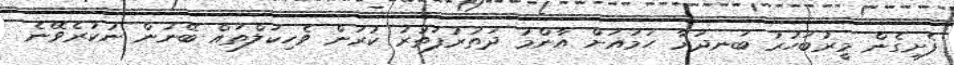
ފެށިގެން މީރުބަހުރު ބަނދަރާ ހަމައަށް އާންމު ދަތުރުފަތުރު ކުރަން ވެހިކަލްތައް ބޭނުން ނުކުރެވޭނެ